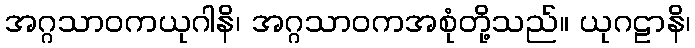
အဂ္ဂသာဝကယုဂါနိ၊ အဂ္ဂသာဝကအစုံတို့သည်။ ယုဂဠာနိ၊